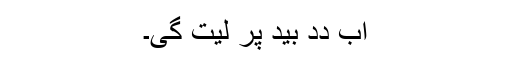
اَب دِدِ بید پر لیت گیِ۔